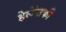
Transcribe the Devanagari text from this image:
हेलेंसकी